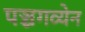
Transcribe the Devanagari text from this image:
पञ्चगव्येन